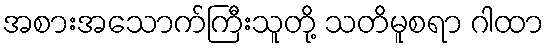
အစားအသောက်ကြီးသူတို့ သတိမူစရာ ဂါထာ